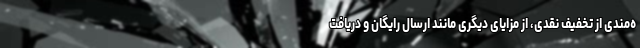
ه‌مندی از تخفیف نقدی، از مزایای دیگری مانند ارسال رایگان و دریافت